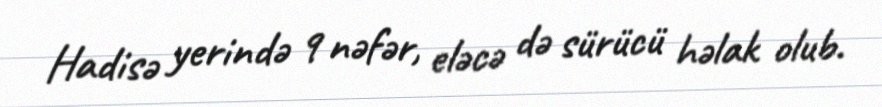
Hadisə yerində 9 nəfər, eləcə də sürücü həlak olub.